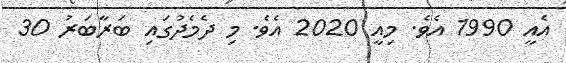
އެއީ 1990 އެވެ. މިއީ 2020 އެވެ. މި ދެމެދުގައި ބަރާބަރު 30